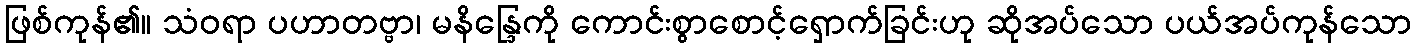
ဖြစ်ကုန်၏။ သံဝရာ ပဟာတဗ္ဗာ၊ မနိန္ဒြေကို ကောင်းစွာစောင့်ရှောက်ခြင်းဟု ဆိုအပ်သော ပယ်အပ်ကုန်သော